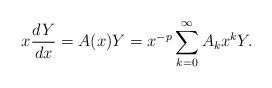
LaTeX: \begin{align*} x \frac{dY}{dx} = A(x) Y = x^{-p} \sum_{k=0}^{\infty} A_k x^k Y. \end{align*}